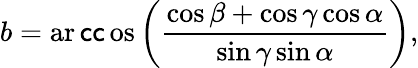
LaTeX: b=\operatorname{ar\mathsf{c}\mathsf{c}os}\left({\frac{{\cos\beta+\cos\gamma\cos\alpha}}{{\sin\gamma\sin\alpha}}}\right),